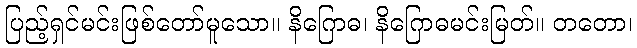
ပြည့်ရှင်မင်းဖြစ်တော်မူသော။ နိဂြောဓ၊ နိဂြောဓမင်းမြတ်။ တတော၊